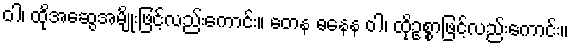
ဝါ၊ ထိုအဆွေအမျိုးဖြင့်လည်းကောင်း။ တေန ဓနေန ဝါ၊ ထိုဥစ္စာဖြင့်လည်းကောင်း။